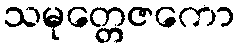
သမုတ္တေဇကော